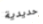
حديدية